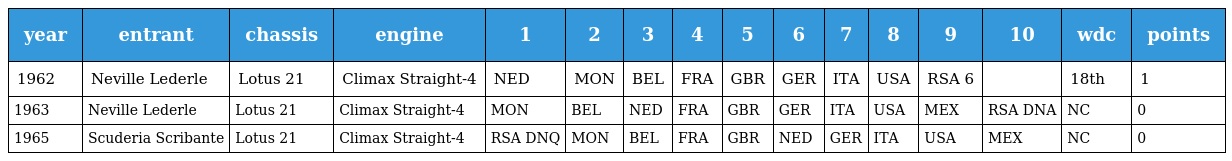
| year | entrant | chassis | engine | 1 | 2 | 3 | 4 | 5 | 6 | 7 | 8 | 9 | 10 | wdc | points |
 | --- | --- | --- | --- | --- | --- | --- | --- | --- | --- | --- | --- | --- | --- | --- | --- |
 | 1962 | Neville Lederle | Lotus 21 | Climax Straight-4 | NED | MON | BEL | FRA | GBR | GER | ITA | USA | RSA 6 |  | 18th | 1 |
 | 1963 | Neville Lederle | Lotus 21 | Climax Straight-4 | MON | BEL | NED | FRA | GBR | GER | ITA | USA | MEX | RSA DNA | NC | 0 |
 | 1965 | Scuderia Scribante | Lotus 21 | Climax Straight-4 | RSA DNQ | MON | BEL | FRA | GBR | NED | GER | ITA | USA | MEX | NC | 0 |